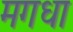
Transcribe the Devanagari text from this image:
मगधा